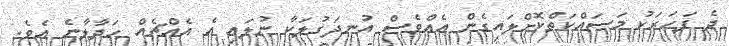
ދެ ފަހަރަކު މަސައްކަތްކޮށްލައިގެން އެއްވެސް އުނދަގުލަކާ ނުލައި އެ އެއްޗެއް ހަދާލާނެ އެވެ.